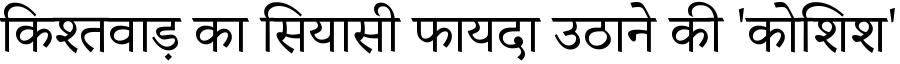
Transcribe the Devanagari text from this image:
किश्तवाड़ का सियासी फायदा उठाने की 'कोशिश'